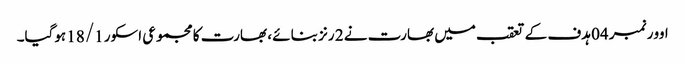
اوور نمبر 04 ہدف کے تعقب میں بھارت نے 2 رنز بنائے ، بھارت کا مجموعی اسکور 18/1 ہوگیا۔